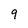
Character: 9